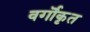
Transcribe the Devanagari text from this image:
वर्गॊकृत